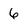
Character: 6